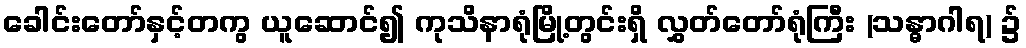
ခေါင်းတော်နှင့်တကွ ယူဆောင်၍ ကုသိနာရုံမြို့တွင်းရှိ လွှတ်တော်ရုံကြီး (သန္ဓာဂါရ) ၌